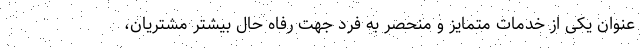
عنوان یکی از خدمات متمایز و منحصر به فرد جهت رفاه حال بیشتر مشتریان،